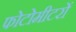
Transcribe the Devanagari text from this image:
फोटोमीटरों